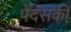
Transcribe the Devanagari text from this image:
पेंदंसकी